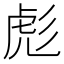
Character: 彪